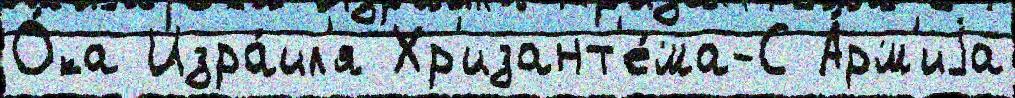
О́ка Изра́ил'я Хр'изант'е́ма-С А́рм'иjа